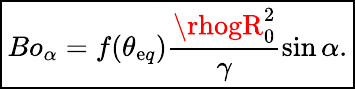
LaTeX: \boxed{Bo_{\alpha}=f(\theta_{\mathrm{e}q})\frac{{\rhogR_{0}^{2}}}{{\gamma}}\sin\alpha.}